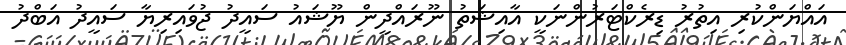
އައްޔަންކުރި އިތުރު ޑިރެކްޓަރުންނަކީ އާއިޝަތު ނޫރައްދީން ޔޫޝައު ސައީދު ޖުވައިރިޔާ ސައީދު އަބްދު